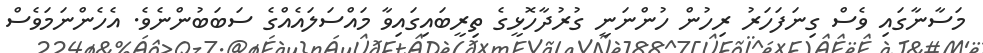
މަސާނާގައި ވެސް ގިނަފަހަރު ރިހުން ހުންނަނީ ގުރުދާހޮޅީގެ ތިރީބައިގައިވާ މައްސަލައެއްގެ ސަބަބުންނެވެ. އެހެންނަމަވެސް